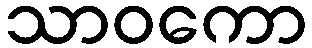
သာဝကော